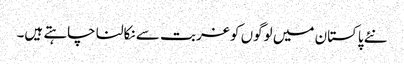
نئے پاکستان میں لوگوں کو غربت سے نکالنا چاہتے ہیں۔